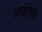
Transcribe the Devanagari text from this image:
आईऐसौ